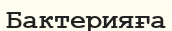
Бактерияға